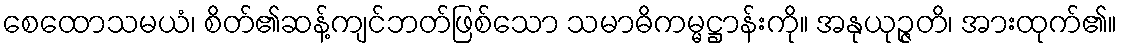
စေထောသမယံ၊ စိတ်၏ဆန့်ကျင်ဘတ်ဖြစ်သော သမာဓိကမ္မဋ္ဌာန်းကို။ အနုယုဉ္ဇတိ၊ အားထုက်၏။